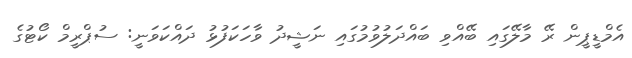
އެމްޑީޕީން ރޭ މާލޭގައި ބޭއްވި ބައްދަލުވުމުގައި ނަޝީދު ވާހަކަފުޅު ދައްކަވަނީ: ސުޕްރީމް ކޯޓުގެ